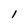
Character: 1